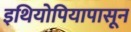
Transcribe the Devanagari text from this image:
इथियोपियापासून